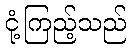
ငုံ့ကြည့်သည်